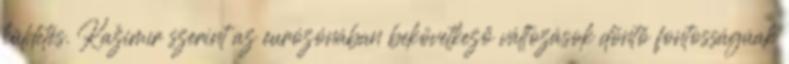
küldetés. Kažimír szerint az eurózónában bekövetkező változások döntő fontosságúak